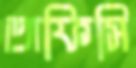
অফিসি